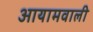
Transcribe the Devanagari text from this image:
आयामवाली